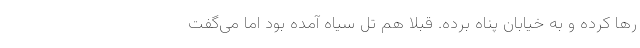
رها کرده و به خیابان پناه برده. قبلاً هم تل سیاه آمده بود اما می‌گفت